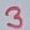
Text: 3